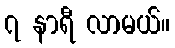
၇ နာရီ လာမယ်။